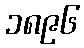
၁၈၉၆